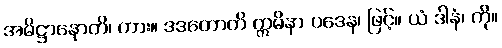
အဓိဋ္ဌာနောတိ၊ ကား။ ဒဒတောတိ ဣမိနာ ပဒေန၊ ဖြင့်။ ယံ ဒါနံ၊ ကို။